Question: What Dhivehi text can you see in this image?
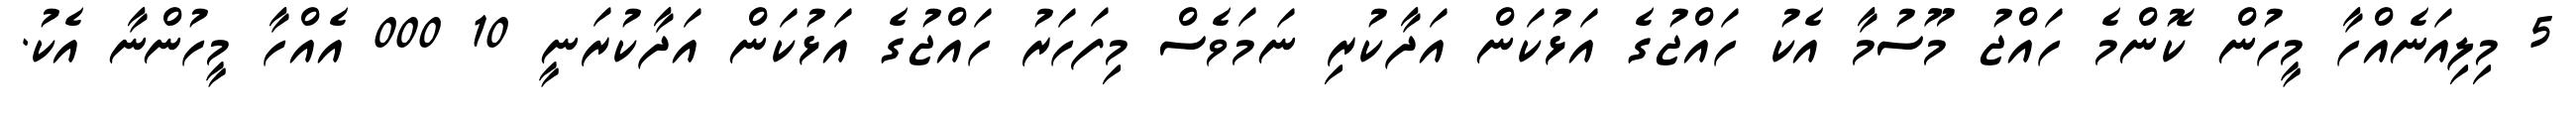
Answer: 5 މިލިއަނެއްހާ މީހުން ކޮންމެ ހައްޖު މޫސުމާ އެކު ހައްޖުގެ އަޅުކަން އަދާކުރި ނަމަވެސް މިފަހަރު ހައްޖުގެ އަޅުކަން އަދާކުރަނީ 10 000 އެއްހާ މީހުންނާ އެކު.